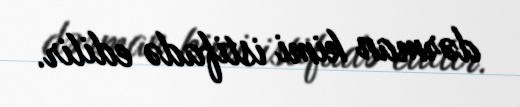
dərman kimi istifadə edilir.